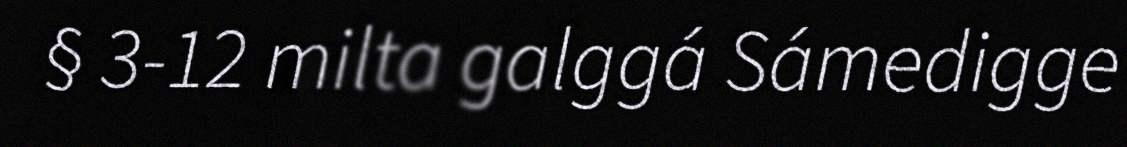
§ 3-12 milta galggá Sámedigge